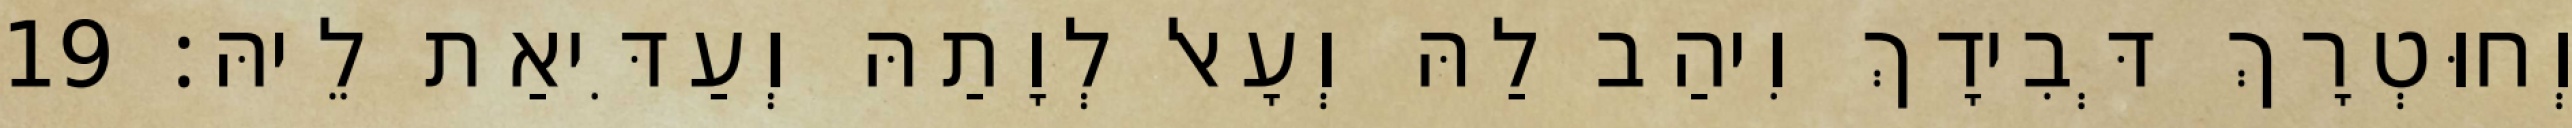
וְחוּטְרָךְ דְּבִידָךְ וִיהַב לַהּ וְעָאל לְוָתַהּ וְעַדִּיאַת לֵיהּ׃ 19